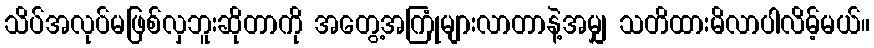
သိပ်အလုပ်မဖြစ်လှဘူးဆိုတာကို အတွေ့အကြုံများလာတာနဲ့အမျှ သတိထားမိလာပါလိမ့်မယ်။